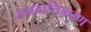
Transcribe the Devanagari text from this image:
समवायिकरण